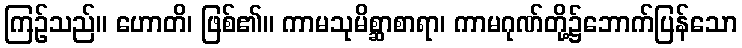
ကြဉ်သည်။ ဟောတိ၊ ဖြစ်၏။ ကာမသုမိစ္ဆာစာရာ၊ ကာမဂုဏ်တို့၌ဘောက်ပြန်သော